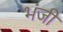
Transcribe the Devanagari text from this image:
भंजी